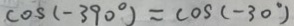
\cos ( - 3 9 0 ^ { \circ } ) = \cos ( - 3 0 ^ { \circ } )